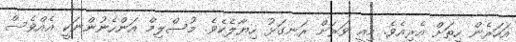
އަހަރެން ހިތަށް އެރިއެވެ. މިއީ ވަރަށް ރަނގަޅު ހިޔާލެކެވެ. މުސްލިމް އަންހެނުންނަކީ އެއްވެސް